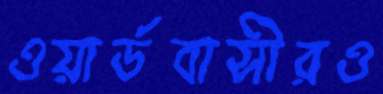
ওয়ার্ডবাসীরও